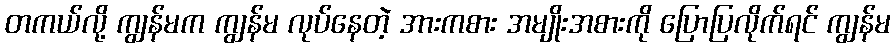
တကယ်လို့ ကျွန်မက ကျွန်မ လုပ်နေတဲ့ အားကစား အမျိုးအစားကို ပြောပြလိုက်ရင် ကျွန်မ